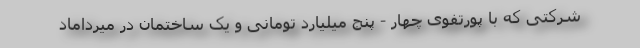
شرکتی که با پورتفوی چهار - پنج میلیارد تومانی و یک ساختمان در میرداماد